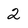
Character: 2